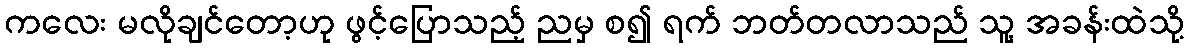
ကလေး မလိုချင်တော့ဟု ဖွင့်ပြောသည့် ညမှ စ၍ ရက် ဘတ်တလာသည် သူ့ အခန်းထဲသို့